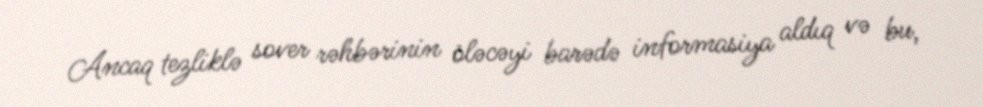
Ancaq tezliklə sover rəhbərinin öləcəyi barədə informasiya aldıq və bu,